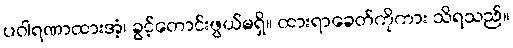
ပဝါရဏာထားအံ့၊ ခွင့်တောင်းဖွယ်မရှိ။ ထားရာခေတ်ကိုကား သိရသည်။